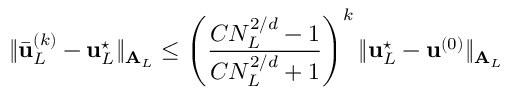
\| \bar { \boldsymbol { \mathbf { u } } } _ { L } ^ { ( k ) } - \boldsymbol { \mathbf { u } } _ { L } ^ { \star } \| _ { \boldsymbol { \mathbf { A } } _ { L } } \le \left( \frac { C N _ { L } ^ { 2 / d } - 1 } { C N _ { L } ^ { 2 / d } + 1 } \right) ^ { k } \| \boldsymbol { \mathbf { u } } _ { L } ^ { \star } - \boldsymbol { \mathbf { u } } ^ { ( 0 ) } \| _ { \boldsymbol { \mathbf { A } } _ { L } }